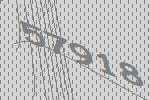
57918